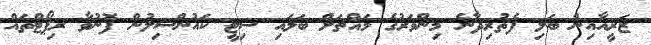
ޒަރީއާއިން ބަލި ފެތުރިދާނެ މިންވަރުގެ މައްޗަށް ބަލައި ސިޓީ ކައުންސިލުން ފޮނުވާ ރިޕޯޓްތައް